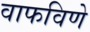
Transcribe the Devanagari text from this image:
वाफविणे